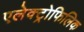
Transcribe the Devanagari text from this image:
एलेक्ट्रोफिलिक